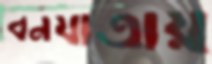
বনযাত্রায়